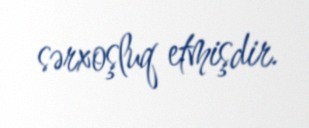
sərxoşluq etmişdir.